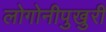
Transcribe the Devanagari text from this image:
लोगोनीपुखुरी